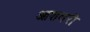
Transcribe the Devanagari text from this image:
आशवरी